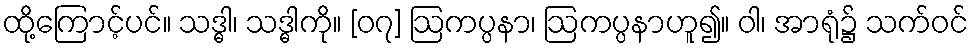
ထို့ကြောင့်ပင်။ သဒ္ဓါ၊ သဒ္ဓါကို။ [၀၇] ဩကပ္ပနာ၊ ဩကပ္ပနာဟူ၍။ ဝါ၊ အာရုံ၌ သက်ဝင်